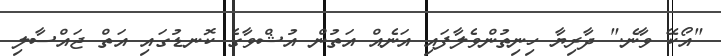
"އޯކޭ ވާނެ." ދާރިޔާ ހިނިތުންވެލާފައި އަނެއް އަތުން އުޝްވާގެ ކޮނޑުގައި އަތް ޖައްސާލި